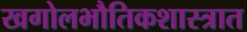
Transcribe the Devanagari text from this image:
खगोलभौतिकशास्त्रात